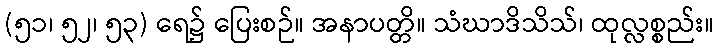
(၅၁၊ ၅၂၊ ၅၃) ရေ၌ ပြေးစဉ်။ အနာပတ္တိ။ သံဃာဒိသိသ်၊ ထုလ္လစ္စည်း။